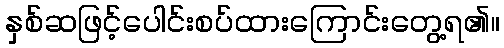
နှစ်ဆဖြင့်ပေါင်းစပ်ထားကြောင်းတွေ့ရ၏။